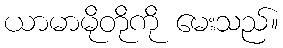
ယာမာမိုတိုကို မေးသည်။